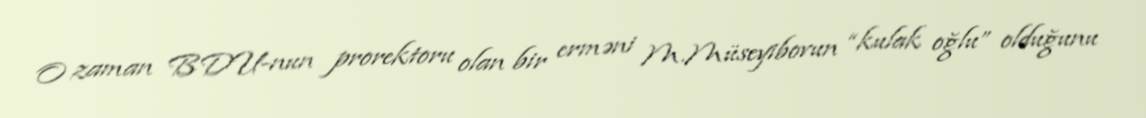
O zaman BDU-nun prorektoru olan bir erməni M.Müseyibovun “kulak oğlu” olduğunu